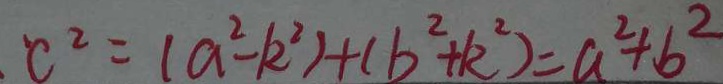
c ^ { 2 } = ( a ^ { 2 } - k ^ { 2 } ) + ( b ^ { 2 } + k ^ { 2 } ) = a ^ { 2 } + b ^ { 2 }